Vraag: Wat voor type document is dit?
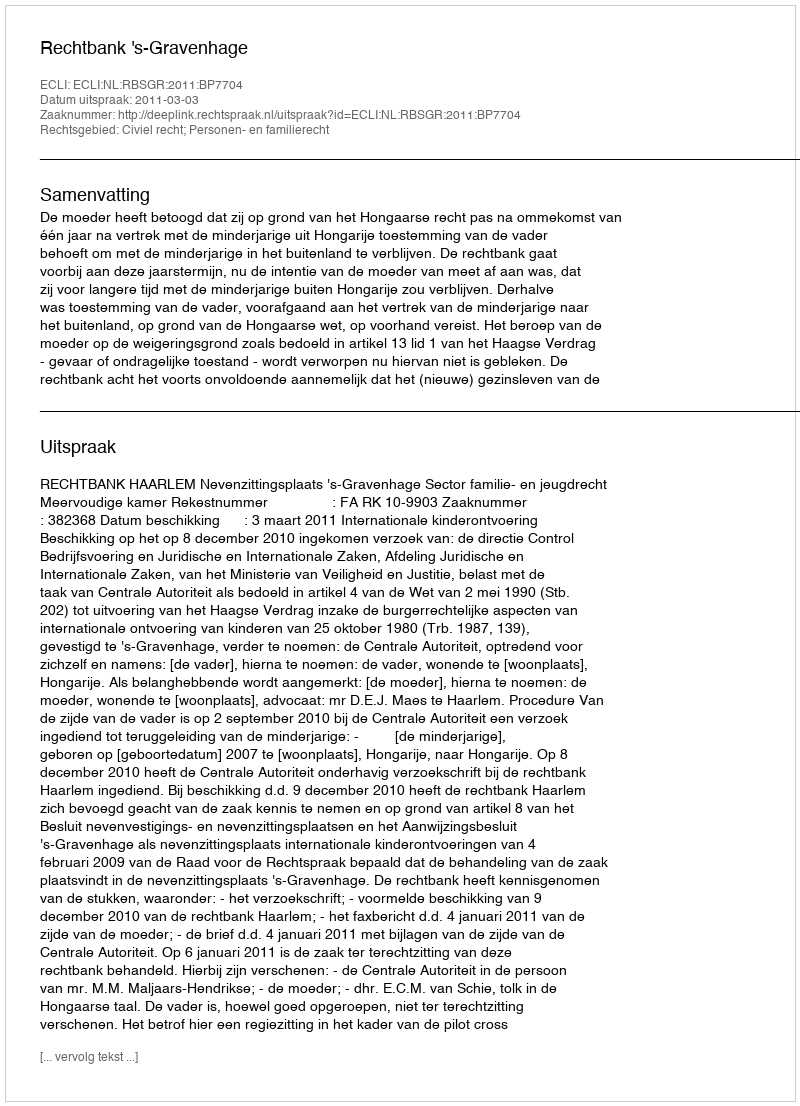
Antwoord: Uitspraak